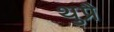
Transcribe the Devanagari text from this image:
थुप्रै